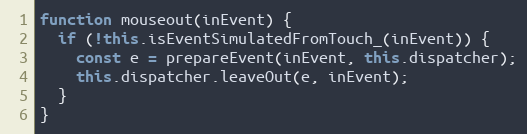
Language: JavaScript
function mouseout(inEvent) {
  if (!this.isEventSimulatedFromTouch_(inEvent)) {
    const e = prepareEvent(inEvent, this.dispatcher);
    this.dispatcher.leaveOut(e, inEvent);
  }
}